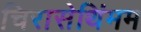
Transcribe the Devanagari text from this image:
चिरासेथिंमम